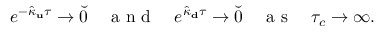
e ^ { - \hat { \kappa } _ { \bf u } \tau } \to \breve { 0 } \quad \mathrm { ~ a ~ n ~ d ~ } \quad e ^ { \hat { \kappa } _ { \bf d } \tau } \to \breve { 0 } \quad \mathrm { ~ a ~ s ~ } \quad \tau _ { c } \to \infty .